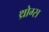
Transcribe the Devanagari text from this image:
थ्रोग्स